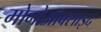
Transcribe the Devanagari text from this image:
मोनोऑक्साइद